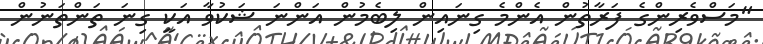
"މަސްވެރިންގެ ފަރާތުން އެންމެ ގިނައިން ލިބެމުން އަންނަ ޝަކުވާ އަކީ ގިނަ ތަންތަނުން